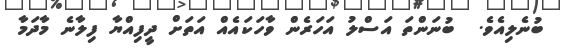
ބުނެލިއެވެ.  ބުނަންތަ އަސްލު އަހަރެން ވާހަކައެއް އަތަށް ދީފިއްޔާ ފިލާނެ މާދަމާ